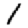
Digit: 1